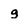
Character: g